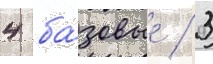
4 ба́зовые / 3